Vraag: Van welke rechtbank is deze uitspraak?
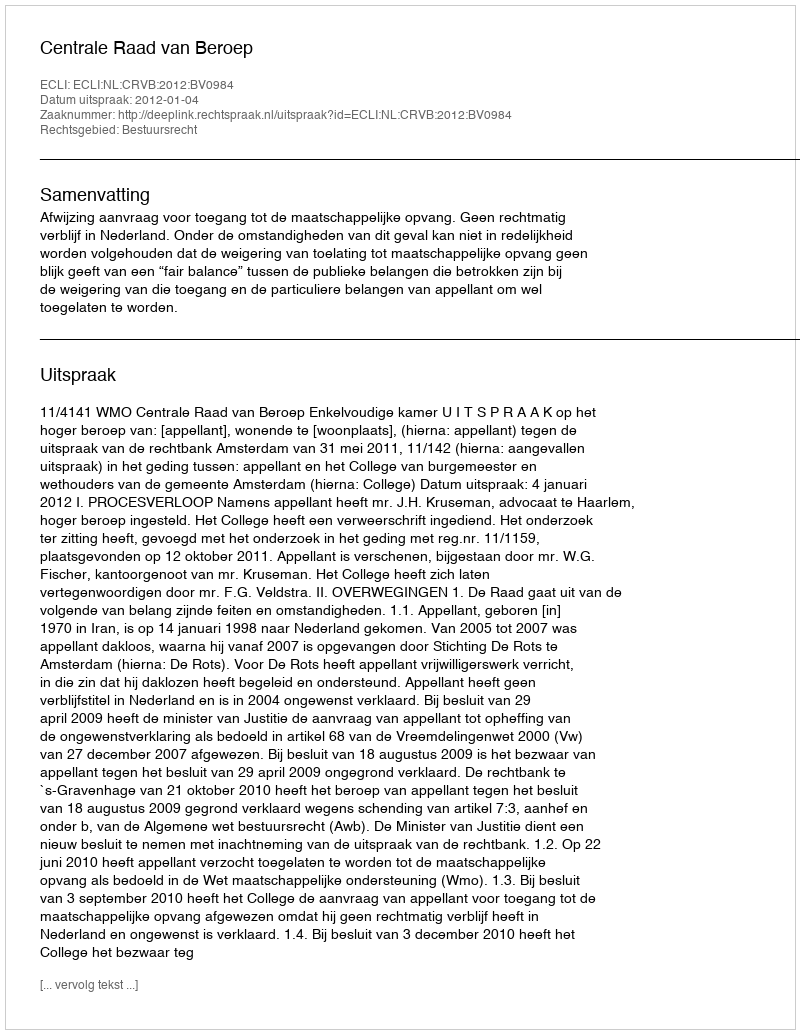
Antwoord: Centrale Raad van Beroep